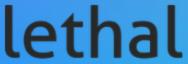
lethal